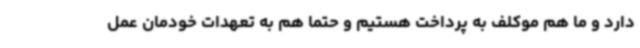
دارد و ما هم موکلف به پرداخت هستیم و حتما هم به تعهدات خودمان عمل